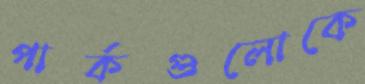
পার্কগুলোকে